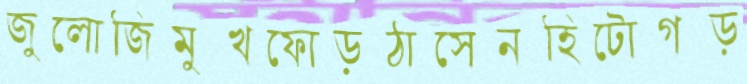
জুলোজিমুখফোড়ঠাসেনহিটোগড়